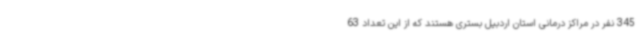
345 نفر در مراکز درمانی استان اردبیل بستری هستند که از این تعداد 63